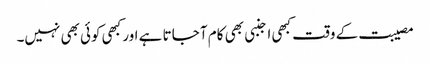
مصیبت کے وقت کبھی اجنبی بھی کام آ جاتا ہے اور کبھی کوئی بھی نہیں۔